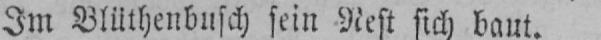
Im Blüthenbusch sein Nest sich baut.